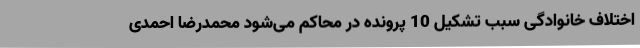
اختلاف خانوادگی سبب تشکیل 10 پرونده در محاکم می‌شود محمدرضا احمدی